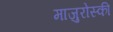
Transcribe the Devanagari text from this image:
माजुरोस्की